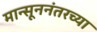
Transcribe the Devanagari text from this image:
मान्सूननंतरच्या